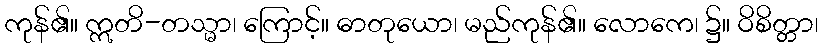
ကုန်၏။ ဣတိ-တသ္မာ၊ ကြောင့်။ ဓာတုယော၊ မည်ကုန်၏။ လောကေ၊ ၌။ ဝိစိတ္တာ၊